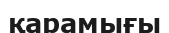
қарамығы